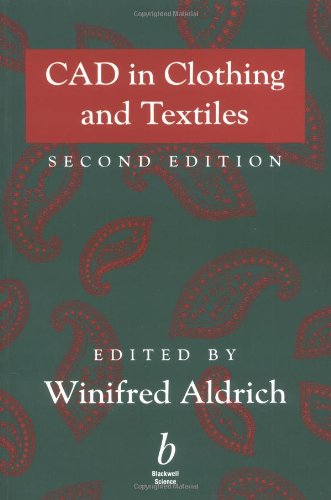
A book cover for CAD in Clothing and Textiles; Crafts, Hobbies & Home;